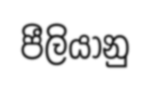
පීලියානු